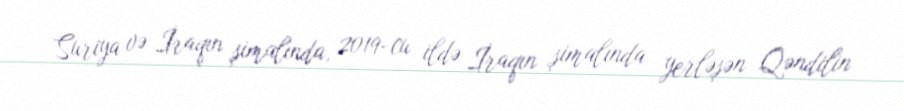
Suriya və İraqın şimalında, 2019-cu ildə İraqın şimalında yerləşən Qəndilin